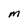
Character: M